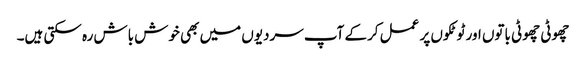
چھوٹی چھوٹی باتوں اور ٹوٹکوں پر عمل کرکے آپ سردیوں میں بھی خوش باش رہ سکتی ہیں۔